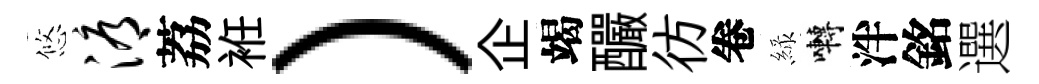
悠溽荔袵）企竭釅彷卷緑囀泮銘選